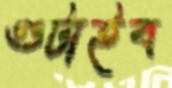
গুটাইব